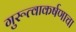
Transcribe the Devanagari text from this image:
गुरूत्वाकर्षणाचा